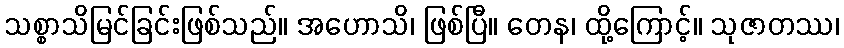
သစ္စာသိမြင်ခြင်းဖြစ်သည်။ အဟောသိ၊ ဖြစ်ပြီ။ တေန၊ ထို့ကြောင့်။ သုဇာတဿ၊